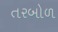
તરબોળ